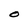
Character: O